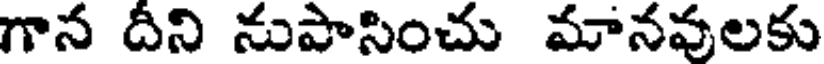
గాన దీని నుపాసించు మానవులకు